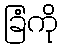
ခြံကို